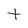
Character: t